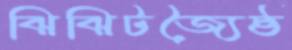
ঝিঝিটজ্যৈষ্ঠ